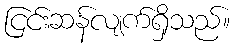
ငြင်းဆန်လျက်ရှိသည်။